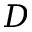
D